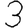
Digit: 3